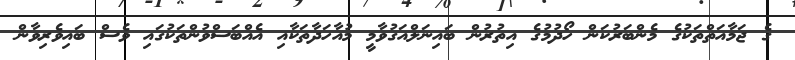
ގެ ޖަމާއަތްތަކުގެ މެންބަރުކަން ހޯދުމުގެ އިތުރުން ބައިނަލްއަގުވާމީ މުއާހަދާތަކާއި އެއްބަސްވުންތަކުގައި ވެސް ބައިވެރިވާން